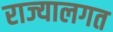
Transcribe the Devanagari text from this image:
राज्यालगत